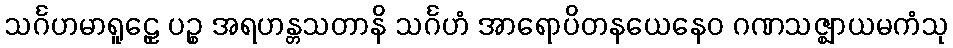
သင်္ဂဟမာရူဠှေ ပဉ္စ အရဟန္တသတာနိ သင်္ဂဟံ အာရောပိတနယေနေဝ ဂဏသဇ္ဈာယမကံသု